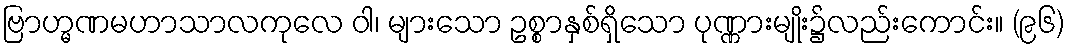
ဗြာဟ္မဏမဟာသာလကုလေ ဝါ၊ များသော ဥစ္စာနှစ်ရှိသော ပုဏ္ဏားမျိုး၌လည်းကောင်း။ (၉၆)